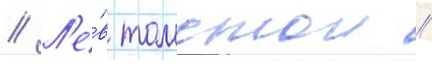
// Л'е́в толстои //